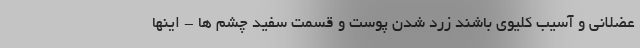
عضلانی و آسیب کلیوی باشند زرد شدن پوست و قسمت سفید چشم ها - اینها